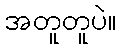
အတူတူပဲ။